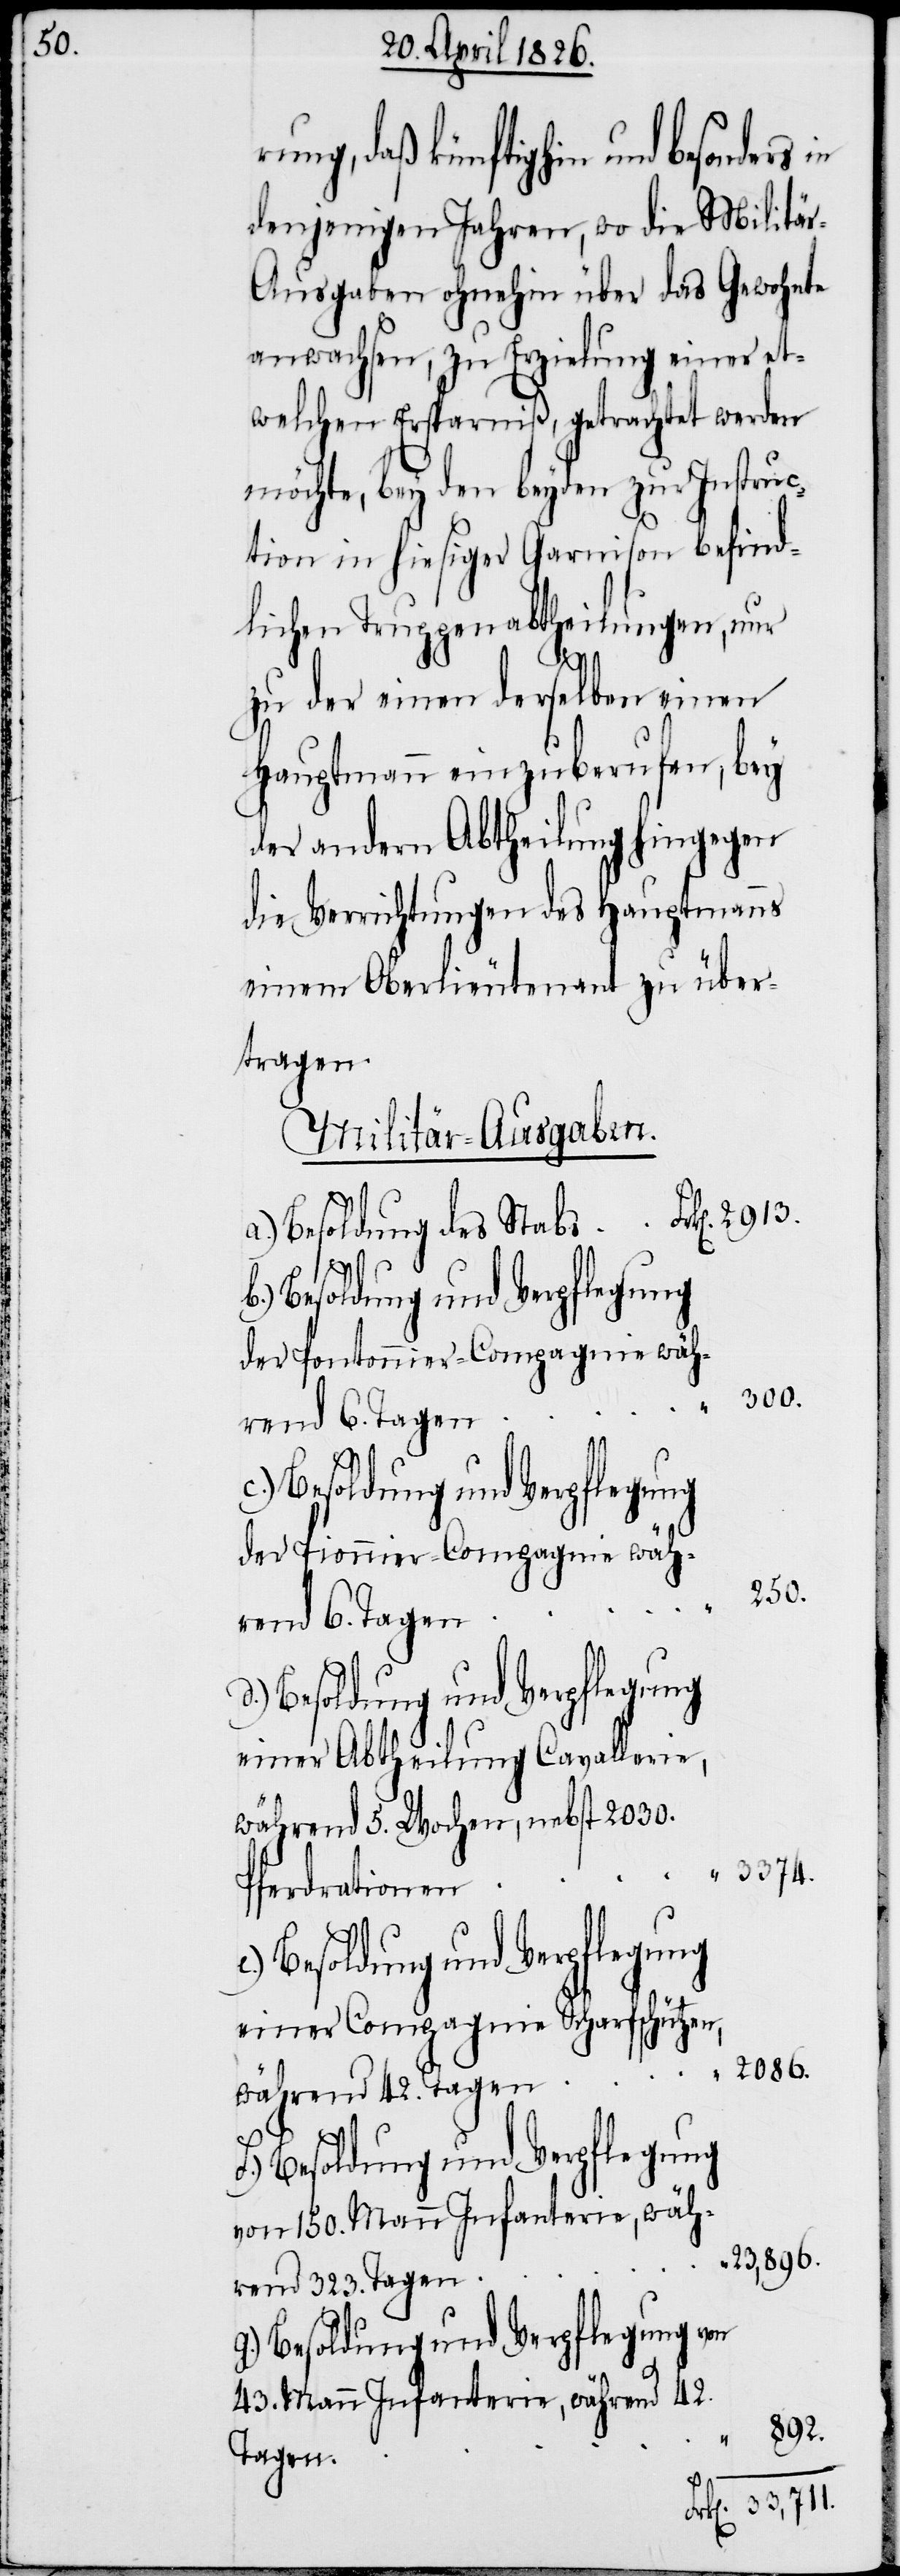
250.

rung, daß künftighin und besonders
denjenigen Jahren, wo die Militä¬
r-Ausgaben ohnehin über das Gewohnte
anwachsen, zu Erzielung einer et¬
welchen Ersparniß, getrachtet werden
möchte, bey den beyden zur Instruc¬
tion in hiesiger Garnison befind¬
lichen Truppenabtheilungen, nur
“
892.
zu der einen derselben einen
Hauptmann einzuberufen, bey
der andern Abtheilung hingegen
die Verrichtungen des Hauptmanns
einem Oberlieutenant zu über¬
tragen.
Militär-Ausgaben
Besoldung des Stabs
Besoldung und Verpflegung
der Pontonnier-Compagnie wäh¬
f.) Besoldung und Verpflegung
der Pionnier-Compagnie wäh¬
rend 6. Tagen
einer Abtheilung Cavallerie,
während 5. Wochen, nebst 2030.
3374.
“
Pferdrationen
einer Compagnie Scharfschützen,
2086.
während 42. Tagen
von 150. Mann Infanterie, wäh¬
23,896.
rend 323. Tagen
g.) Besoldung und Verpflegung von
43. Mann Infanterie, während 42.
Tagen